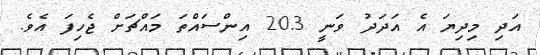
އަދި މިދިޔަ އެ އަދަދު ވަނީ 20.3 އިންސައްތަ މައްޗަށް ޖެހިފަ އެވެ.